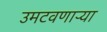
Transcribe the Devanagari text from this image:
उमटवणाऱ्या